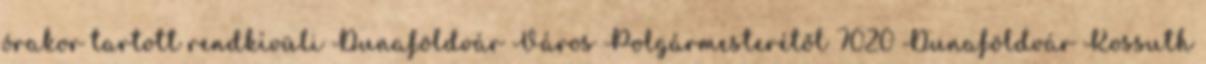
órakor tartott rendkívüli Dunaföldvár Város Polgármesterétől 7020 Dunaföldvár Kossuth